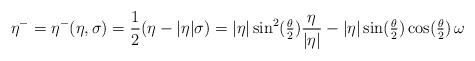
LaTeX: \begin{align*}\eta^-= \eta^-(\eta,\sigma) = \frac{1}{2}(\eta - |\eta|\sigma)= |\eta|\sin^2(\tfrac{\theta}{2}) \frac{\eta}{|\eta|} - |\eta| \sin (\tfrac{\theta}{2}) \cos (\tfrac{\theta}{2}) \,\omega\end{align*}